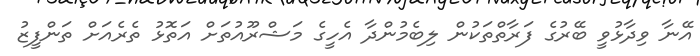
އޭނާ ވިދާޅުވީ ބޭރުގެ ފަރާތްތަކުން ލިބެމުންދާ އެހީގެ މަޝްރޫއުތަށް އަތޮޅު ތެރެއަށް ތަންފީޒު